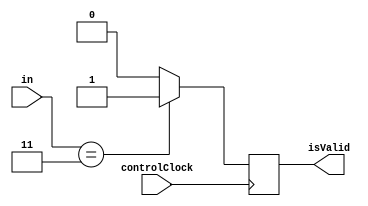
module FastThresholdTrigger(
		input [3:0] in,
		input controlClock,
		output isValid
    );
	 
		always@(posedge controlClock)
			isValid <= (in == 3'b1011)?1:0;
	 
endmodule